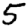
Digit: 5